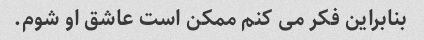
بنابراین فکر می کنم ممکن است عاشق او شوم.